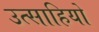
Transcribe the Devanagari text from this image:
उत्साहियो